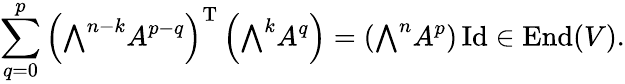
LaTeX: \sum_{q=0}^{p}\left({\textstyle\bigwedge}^{n-k}A^{p-q}\right)^{\mathrm{T}}\left({\textstyle\bigwedge}^{k}A^{q}\right)=\left({\textstyle\bigwedge}^{n}A^{p}\right)\operatorname{Id}\in\operatorname{End}(V).